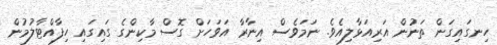
ހިނގައިގަން ތަނުން އަރިއަޅާލިއެވެ. ނަމަވެސް އިނާރާ އަވަހަށް ގޮސް މާކިންގެ ގައިގައި ހިފާއްޓާލުމުން